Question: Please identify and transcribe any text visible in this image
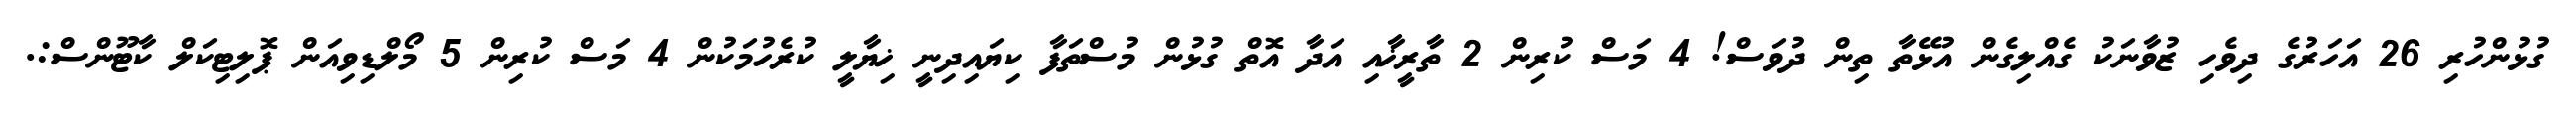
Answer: ގުޅުންހުރި 26 އަހަރުގެ ދިވެހި ޒުވާނަކު ގެއްލިގެން އުޅޭތާ ތިން ދުވަސް! 4 މަސް ކުރިން 2 ތާރީޚާއި އަދާ އޮތް ގުޅުން މުސްތަފާ ކިޔައިދިނީ ޚިޔާލީ ކުރެހުމަކުން 4 މަސް ކުރިން 5 މޯލްޑިވިއަން ޕޮލިޓިކަލް ކާޓޫންސް:.